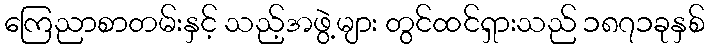
ကြေညာစာတမ်းနှင့် သည့်အဖွဲ့များ တွင်ထင်ရှားသည် ၁၈၇၁ခုနှစ်